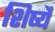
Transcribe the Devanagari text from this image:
शिष्यै